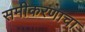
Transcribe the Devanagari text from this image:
समीकरणाचा